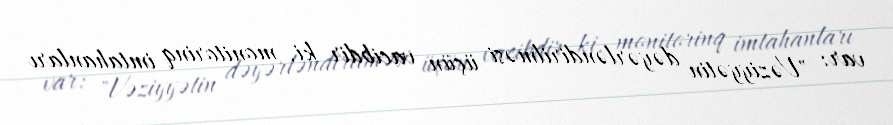
var: "Vəziyyətin dəyərləndirilməsi üçün vacibdir ki, monitorinq imtahanları